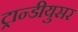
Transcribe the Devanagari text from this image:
ट्रान्डीयुसर